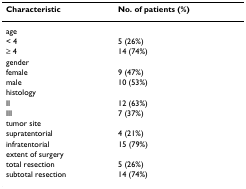
<table><thead><tr><td><b>Characteristic</b></td><td><b>No. of patients (%)</b></td></tr></thead><tbody><tr><td>age</td><td></td></tr><tr><td>&lt; 4</td><td>5 (26%)</td></tr><tr><td>≥ 4</td><td>14 (74%)</td></tr><tr><td>gender</td><td></td></tr><tr><td>female</td><td>9 (47%)</td></tr><tr><td>male</td><td>10 (53%)</td></tr><tr><td>histology</td><td></td></tr><tr><td>II</td><td>12 (63%)</td></tr><tr><td>III</td><td>7 (37%)</td></tr><tr><td>tumor site</td><td></td></tr><tr><td>supratentorial</td><td>4 (21%)</td></tr><tr><td>infratentorial</td><td>15 (79%)</td></tr><tr><td>extent of surgery</td><td></td></tr><tr><td>total resection</td><td>5 (26%)</td></tr><tr><td>subtotal resection</td><td>14 (74%)</td></tr></tbody></table>